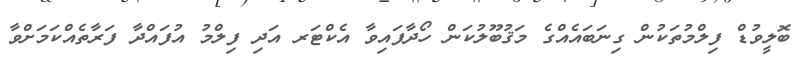
ބޮލީވުޑް ފިލްމުތަކުން ގިނަބައެއްގެ މަޤުބޫލުކަން ހޯދާފައިވާ އެކްޓަރ އަދި ފިލްމު އުފައްދާ ފަރާތެއްކަމަށްވާ